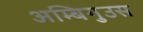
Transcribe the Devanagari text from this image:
अम्बिगुउस